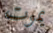
يموت